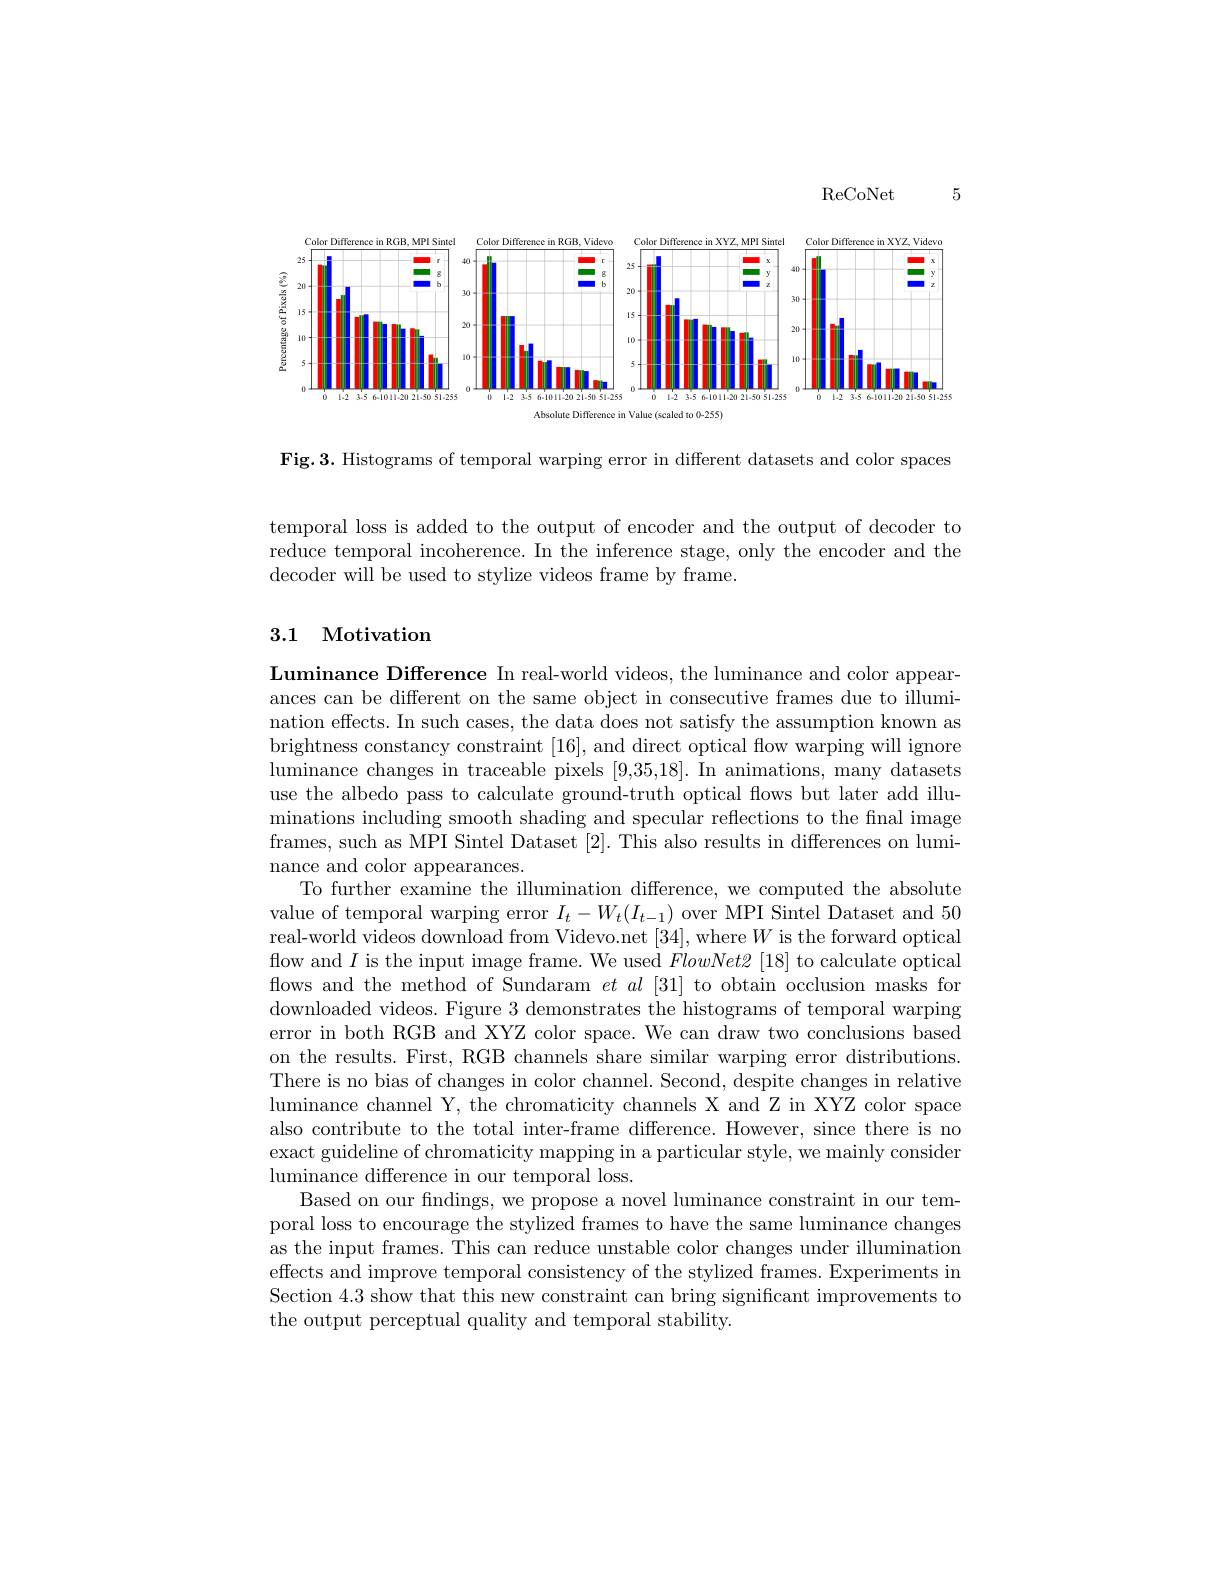
ReCoNet

5

<FigureHere>
Absolute Difference in Value (scaled to 0-255

Fig.3. Histograms of temporal warping error in different datasets and color spaces

temporal loss is added to the output of encoder and the output of decoder to reduce temporal incoherence. In the inference stage, only the encoder and the decoder will be used to stylize videos frame by frame.

## 3.1 Motivation

Luminance Difference In real-world videos, the luminance and color appearances can be different on the same object in consecutive frames due to illumination effects. In such cases, the data does not satisfy the assumption known as brightness constancy constraint [16], and direct optical flow warping will ignore luminance changes in traceable pixels [9,35,18]. In animations, many datasets use the albedo pass to calculate ground-truth optical flows but later add illuminations including smooth shading and specular reflections to the final image frames, such as MPI Sintel Dataset [2]. This also results in differences on luminance and color appearances.
To further examine the illumination difference, we computed the absolute value of temporal warping error $I_t-W_t(I_{t-1})$ over MPI Sintel Dataset and 50 real-world videos download from Videvo.net [34], where $W$ is the forward optical flow and $I$ is the input image frame. We used $FlowNet\mathscr{2}\left[18\right]$ to calculate optical flows and the method of Sundaram $et$ al [31] to obtain occlusion masks for downloaded videos. Figure 3 demonstrates the histograms of temporal warping error in both RGB and XYZ color space. We can draw two conclusions based on the results. First, RGB channels share similar warping error distributions. There is no bias of changes in color channel. Second, despite changes in relative luminance channel Y, the chromaticity channels X and Z in XYZ color space also contribute to the total inter-frame difference. However, since there is no exact guideline of chromaticity mapping in a particular style, we mainly consider luminance difference in our temporal loss.
Based on our findings, we propose a novel luminance constraint in our temporal loss to encourage the stylized frames to have the same luminance changes as the input frames. This can reduce unstable color changes under illumination effects and improve temporal consistency of the stylized frames. Experiments in Section 4.3 show that this new constraint can bring significant improvements to the output perceptual quality and temporal stability.